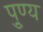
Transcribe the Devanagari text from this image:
पु्ण्य